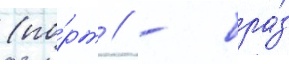
(по́рт // - бра́з